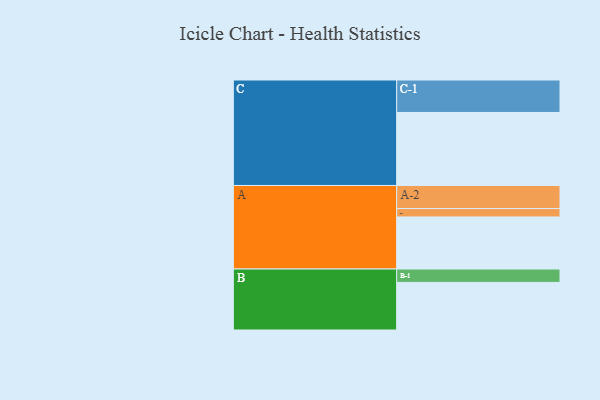
{"axis": {"x": "Segment", "y": "Value"}, "legend": ["", "A", "B", "C"], "data": [{"x": "A", "y": 420, "type": ""}, {"x": "B", "y": 384, "type": ""}, {"x": "C", "y": 589, "type": ""}, {"x": "A-1", "y": 68, "type": "A"}, {"x": "A-2", "y": 186, "type": "A"}, {"x": "B-1", "y": 108, "type": "B"}, {"x": "C-1", "y": 262, "type": "C"}]}